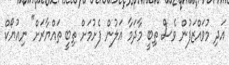
އަދި މުވައްޒަފުން ވެސް ތިބީ މާދަމާ އަލުން ފެށުމަށް ތިބީ ތައްޔާރަށް" ނިއުޔޯކް